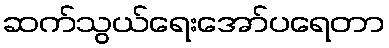
ဆက်သွယ်ရေးအော်ပရေတာ